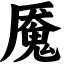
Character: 魇